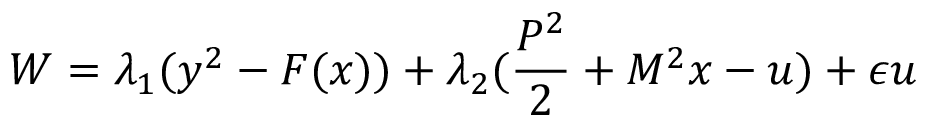
{ \cal W } = \lambda _ { 1 } ( y ^ { 2 } - F ( x ) ) + \lambda _ { 2 } ( \frac { P ^ { 2 } } { 2 } + M ^ { 2 } x - u ) + \epsilon u